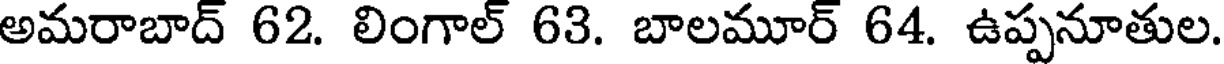
అమరాబాద్ 62. లింగాల్ 63. బాలమూర్ 64. ఉప్పనూతుల